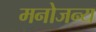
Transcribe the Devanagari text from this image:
मनोजन्य